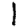
Digit: 1